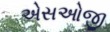
એસઓજી